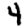
Digit: 4